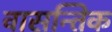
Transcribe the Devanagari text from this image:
वासन्तिक